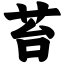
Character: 苔